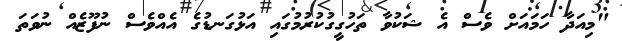
"މިއަދާ ހަމައަށް ވެސް އެ ޝަކުވާ ތަހުގީގުކުރުމުގައި އަޅުގަނޑުގެ އެއްވެސް ނުފޫޒެއް ނުވަތަ